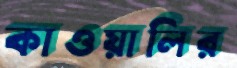
কাওয়ালির